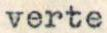
verte